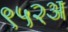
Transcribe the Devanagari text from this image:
९५२अ